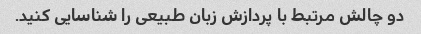
دو چالش مرتبط با پردازش زبان طبیعی را شناسایی کنید.